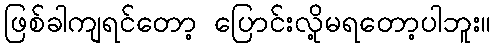
ဖြစ်ခါကျရင်တော့ ပြောင်းလို့မရတော့ပါဘူး။